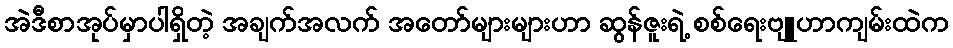
အဲဒီစာအုပ်မှာပါရှိတဲ့ အချက်အလက် အတော်များများဟာ ဆွန်ဇူးရဲ့ စစ်ရေးဗျူဟာကျမ်းထဲက